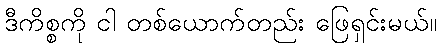
ဒီကိစ္စကို ငါ တစ်ယောက်တည်း ဖြေရှင်းမယ်။